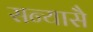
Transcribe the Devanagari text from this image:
सन्यासै